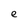
Character: e